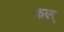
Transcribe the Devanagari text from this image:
कल्